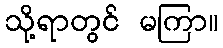
သို့ရာတွင် မကြာ။